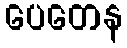
ပေတေန